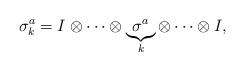
LaTeX: \begin{align*}\sigma_{k}^{a}= I \otimes \cdots \otimes\underbrace{\sigma^{a}}_{k}\otimes \cdots \otimes I,\end{align*}